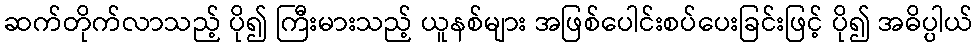
ဆက်တိုက်လာသည့် ပို၍ ကြီးမားသည့် ယူနစ်များ အဖြစ်ပေါင်းစပ်ပေးခြင်းဖြင့် ပို၍ အဓိပ္ပါယ်